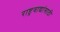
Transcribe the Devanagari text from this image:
राष्ट्रवाद्यांसाठी